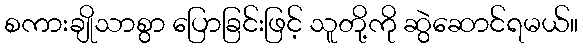
စကားချိုသာစွာ ပြောခြင်းဖြင့် သူတို့ကို ဆွဲဆောင်ရမယ်။